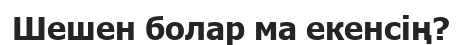
Шешен болар ма екенсің?